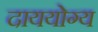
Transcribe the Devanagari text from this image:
दाययोग्य